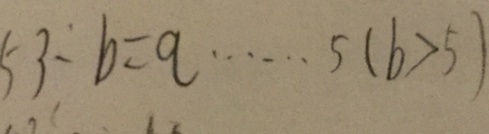
5 3 \div b = q \cdots 5 ( b > 5 )